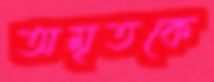
অমৃতকে